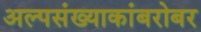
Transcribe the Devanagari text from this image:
अल्पसंख्याकांबरोबर